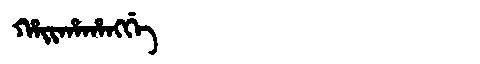
Manchu: ᡥᠠᡳᡥᠠᡥᠠᠩᡤᡝ
Romanization: HAIHAHANGGE